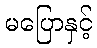
မပြောနှင့်